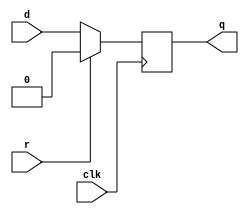
module top_module (
    input clk,
    input d, 
    input r,   // synchronous reset
    output q);
    always@(posedge clk)
    begin
        if(r)
            q<=0;
    	else
        	q<=d;
    end
endmodule